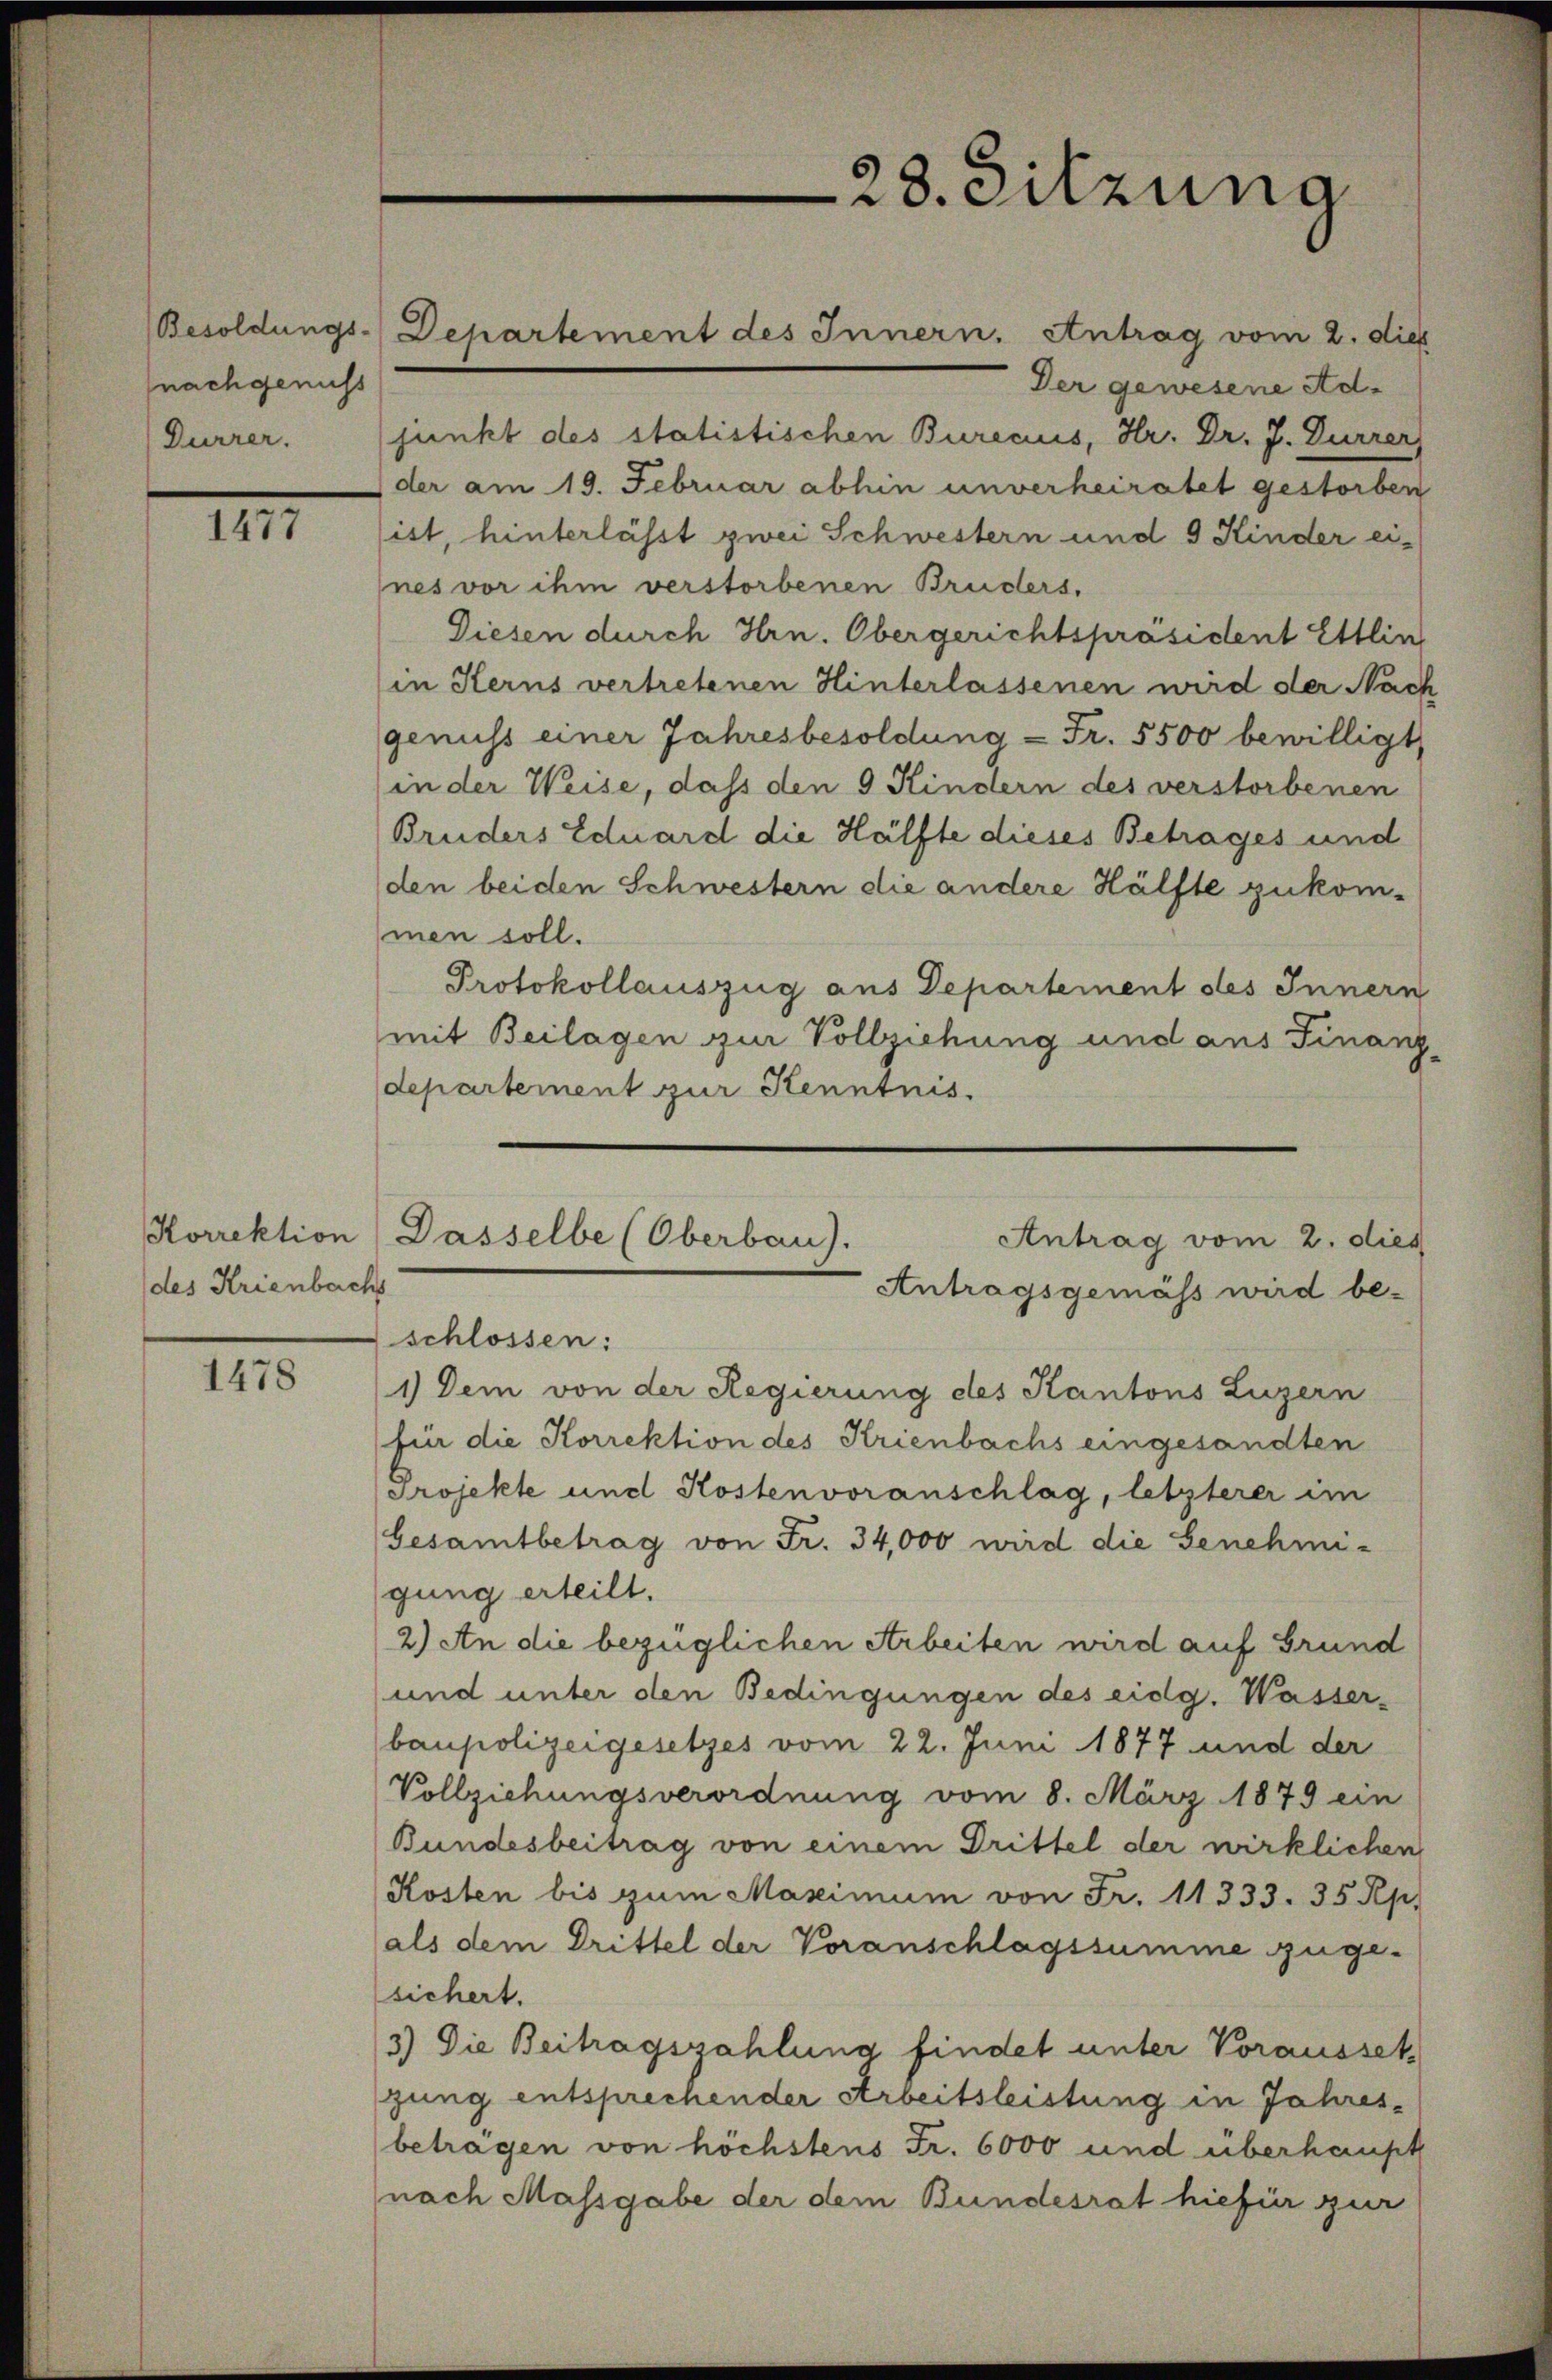
Besoldungs-
(nachgenuss
Durrer.

1477

Korrektion
des Krienbachs

1478

Der gewesene Adjunkt des statistischen Burecius, Hr. Dr. J. Dürrer,
der am 19. Februar abhin unverheiratet gestorben
ist, hinterlässt zwei Schwestern und 3 Kinder eines vor ihm verstorbenen Bruders,
Diesen durch Hrn. Obergerichtspräsident Ettling
in Sterns vertretenen Hinterlassenen wird der Nach
genuss einer Jahresbesoldung - Fr. 5500 bewilligt,
(in der Weise, dass den 9 Kindern des verstorbenen
Bruders Eduard die Hälfte dieses Betrages und
den beiden Schwestern die andere Hälfte zukom-
men soll.
Protokollauszug aus Departement des Innern
mit Beilagen zur Vollziehung und aus Finanz-
departement zur Kenntnis.
schlossen:
1) Dem von der Regierung des Kantons Luzern
fin die Korrektion des Krienbachs eingesandten
Projekte und Kostenvoranschlag, letzterer im
Gesamtbetrag von Fr. 34,000 wird die Genehmi-
gung erteilt.
2) An die bezüglichen Arbeiten wird auf Grund
und unter den Bedingungen des eidg. Wasser-
baupolizeigesetzes vom 22. Juni 1877 und der
Vollziehungsverordnung vom 8. März 1879 ein
Bundesbeitrag von einem Drittel der wirklichen
Kosten bis zum Maximum von Fr. 11333. 35 Rp.
als dem Drittel der Voranschlagssumme zuge-
sichert.
3) Die Beitragszahlung findet unter Voraussetz
jung entsprechender Arbeitsleistung in Jahresbeträgen von höchstens Fr. 6000 und überhaupt
nach Massgabe der dem Bundesrat hiefür zur

Departement des Innern. Antrag vom 2. dies

28. Sitzung

Dasselbe (Oberbau).
Antrag vom 2. dies
Antragsgemäss wird be-